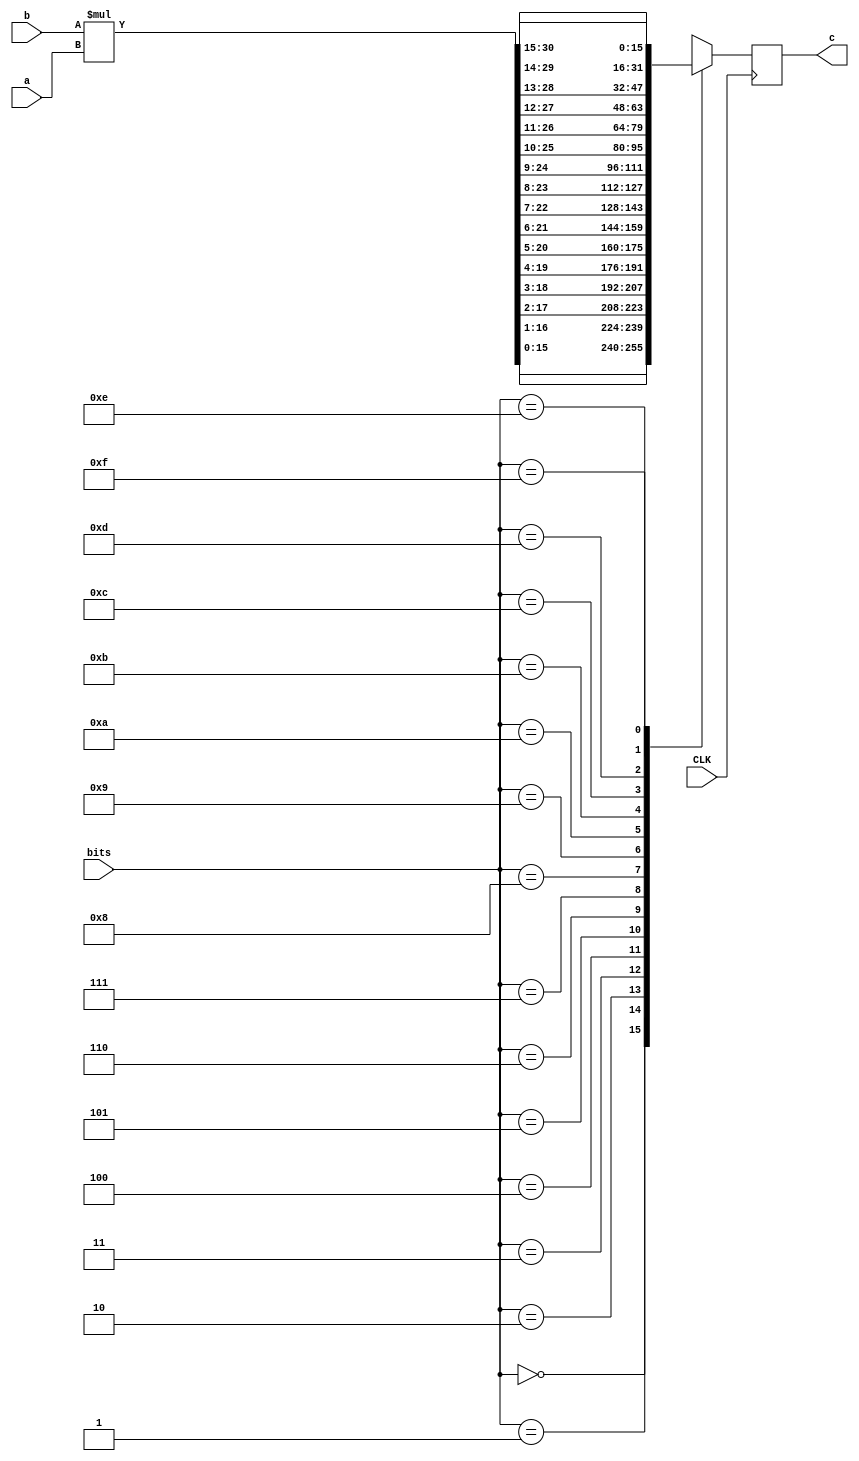

module mult_16(
	CLK,
   a,b,
  c,bits   
  );
  input CLK;
  input [15:0] a,b;
  input [3:0] bits;
  output [15:0] c;
	wire[31:0] mult =b*a;
	reg [15:0] cc;
	assign c=cc;
	
	always@(posedge CLK) begin
		case (bits)
		4'd0: cc= mult[15:0];
		4'd1: cc= mult[16:1];
		4'd2: cc= mult[17:2];
		4'd3: cc= mult[18:3];
		4'd4: cc= mult[19:4];
		4'd5: cc= mult[20:5];
		4'd6: cc= mult[21:6];
		4'd7: cc= mult[22:7];
		4'd8: cc= mult[23:8];
		4'd9: cc= mult[24:9];
		4'd10: cc= mult[25:10];
		4'd11: cc= mult[26:11];
		4'd12: cc= mult[27:12];
		4'd13: cc= mult[28:13];
		4'd14: cc= mult[29:14];
		4'd15: cc= mult[30:15];
		
		
	
		endcase
	end

endmodule

module adder_16(
   a,b,
  c 
  );
  input [15:0] a,b;
  output [15:0] c;

	assign c = b + a;

endmodule